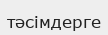
тәсімдерге